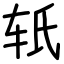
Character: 𬨂